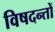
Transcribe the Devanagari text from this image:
विषदन्तों